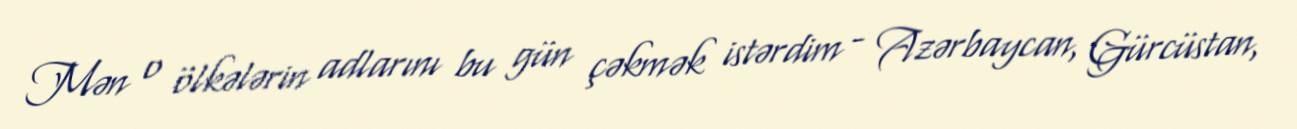
Mən o ölkələrin adlarını bu gün çəkmək istərdim - Azərbaycan, Gürcüstan,